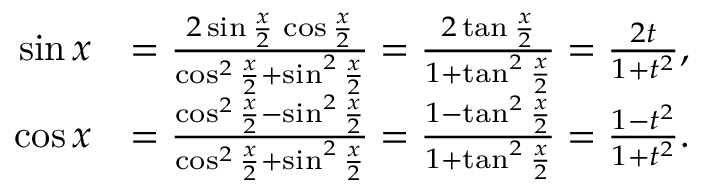
{ \begin{array} { r l } { \sin x } & { = { \frac { 2 \sin { \frac { x } { 2 } } \, \cos { \frac { x } { 2 } } } { \cos ^ { 2 } { \frac { x } { 2 } } + \sin ^ { 2 } { \frac { x } { 2 } } } } = { \frac { 2 \tan { \frac { x } { 2 } } } { 1 + \tan ^ { 2 } { \frac { x } { 2 } } } } = { \frac { 2 t } { 1 + t ^ { 2 } } } , } \\ { \cos x } & { = { \frac { \cos ^ { 2 } { \frac { x } { 2 } } - \sin ^ { 2 } { \frac { x } { 2 } } } { \cos ^ { 2 } { \frac { x } { 2 } } + \sin ^ { 2 } { \frac { x } { 2 } } } } = { \frac { 1 - \tan ^ { 2 } { \frac { x } { 2 } } } { 1 + \tan ^ { 2 } { \frac { x } { 2 } } } } = { \frac { 1 - t ^ { 2 } } { 1 + t ^ { 2 } } } . } \end{array} }